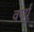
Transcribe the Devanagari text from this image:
वर्च्यू